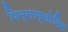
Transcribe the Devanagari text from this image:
पिन्नाग्लोबिन